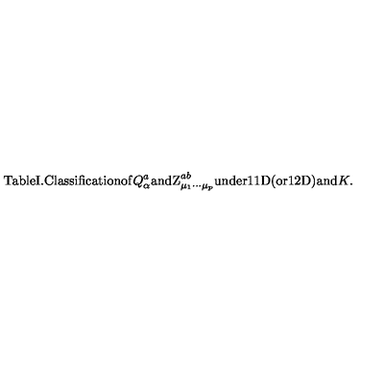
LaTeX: \mathrm { T a b l e I . C l a s s i f i c a t i o n o f } Q _ { \alpha } ^ { a } \mathrm { a n d Z } _ { \mu _ { 1 } \cdots \mu _ { p } } ^ { a b } \mathrm { u n d e r 1 1 D ( o r 1 2 D ) a n d } K \mathrm { . }